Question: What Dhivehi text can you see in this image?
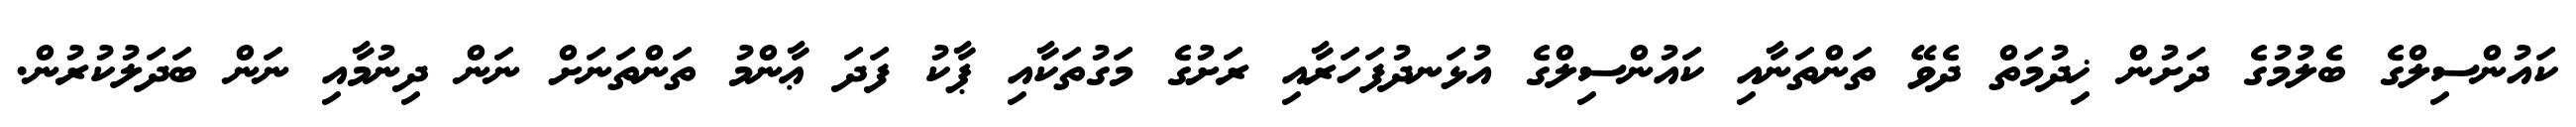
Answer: ކައުންސިލްގެ ބެލުމުގެ ދަށުން ޚިދުމަތް ދެވޭ ތަންތަނާއި ކައުންސިލްގެ އުޅަނދުފަހަރާއި ރަށުގެ މަގުތަކާއި ޕާކު ފަދަ ޢާންމު ތަންތަނަށް ނަން ދިނުމާއި ނަން ބަދަލުކުރުން.